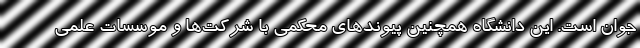
جوان است. این دانشگاه همچنین پیوندهای محکمی با شرکت‌ها و موسسات علمی